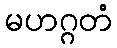
မဟဂ္ဂတံ